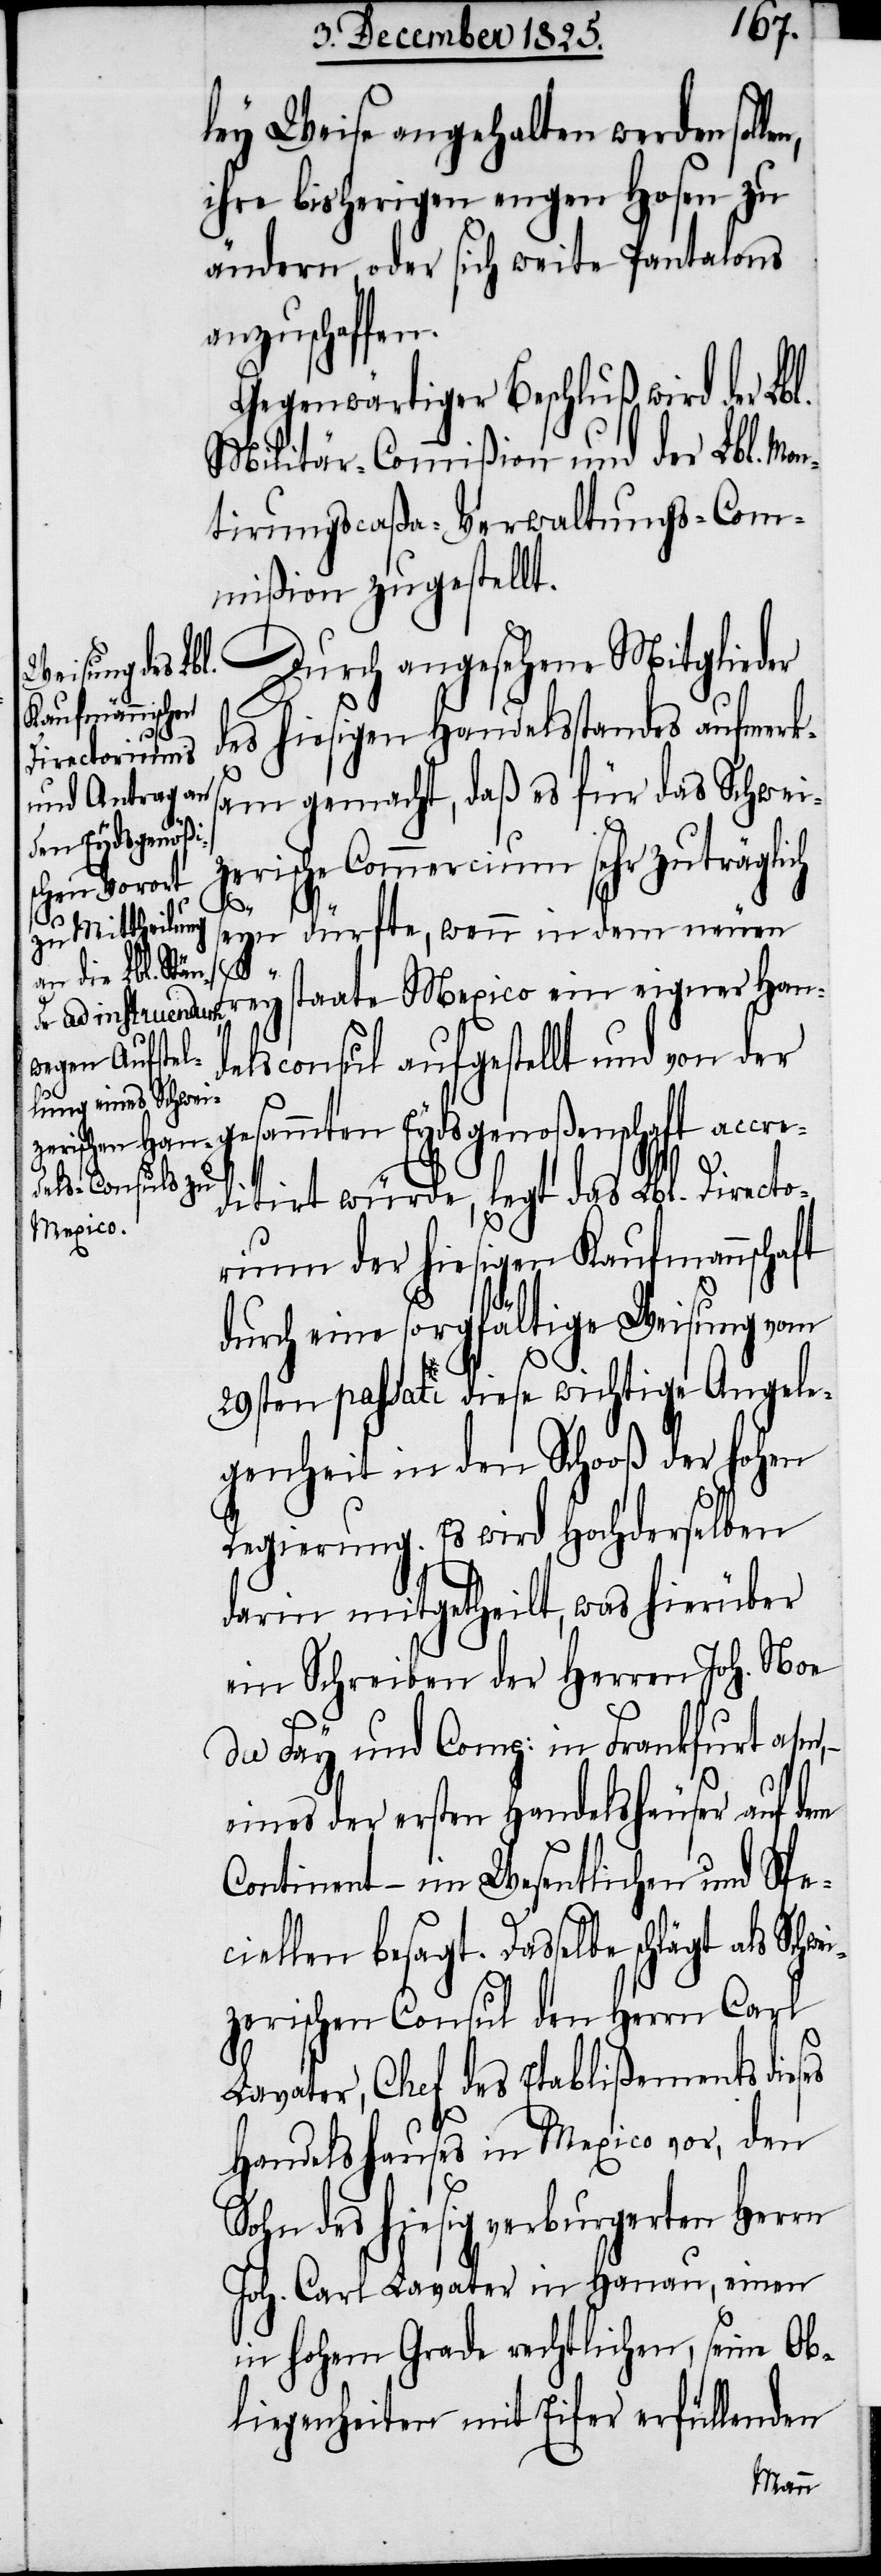
ley Weise angehalten werden sol¬
ihre bisherigen engen Hosen zu
ändern, oder sich weite Pantalons
anzuschaffen.
Gegenwärtiger Beschluß wird der Lbl.
Militär-Commißion und der Lbl. Mon¬
tirungscaßa-Verwaltungs-Com¬
mißion zugestellt.
Durch angesehene Mitglieder
des hiesigen Handelsstandes aufmerks¬
am gemacht, daß es für das Schwei¬
zerische Commercium sehr zuträglich
als
wei¬
seyn dürfte, wenn in dem neuen
Freystaate Mexico ein eigner Han¬
delsconsul aufgestellt und von der
esammten Eydsgenoßenschaft ac¬
ditirt würde, legt das Lbl. Directo¬
rium der hiesigen Kaufmannschaft
durch eine sorgfältige Weisung vom
29sten passati diese wichtige Angele¬
genheit in den Schooß der hohen
Regierung. Es wird Hochderselben
darin mitgetheilt, was hierüber
ein Schreiben der Herren Joh. Noe
du Fay und Comp: in Frankfurt a/m,
eines der ersten Handelshäuser auf dem
Continent – im Wesentlichen und Spe¬
ciellen besagt. Dasselbe schlägt
zerischen Consul den Herrn Carl
Lavater, Chef des Etablißements dieses
Handelshauses in Mexico vor, den
Sohn des hiesig verburgerten Herrn
Joh. Carl Lavater in Hanau, einen
in hohem Grade rechtlichen, seine Ob¬
liegenheiten mit Eifer erfüllenden